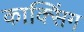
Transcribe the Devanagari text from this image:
काक्सिंग